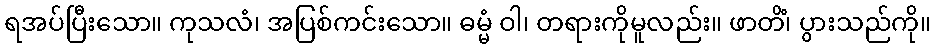
ရအပ်ပြီးသော။ ကုသလံ၊ အပြစ်ကင်းသော။ ဓမ္မံ ဝါ၊ တရားကိုမူလည်း။ ဖာတိံ၊ ပွားသည်ကို။